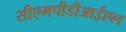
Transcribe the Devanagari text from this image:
सीएमपीडीआईएल